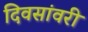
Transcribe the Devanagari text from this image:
दिवसांवरी